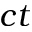
c t